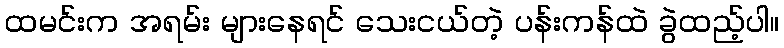
ထမင်းက အရမ်း များနေရင် သေးငယ်တဲ့ ပန်းကန်ထဲ ခွဲထည့်ပါ။